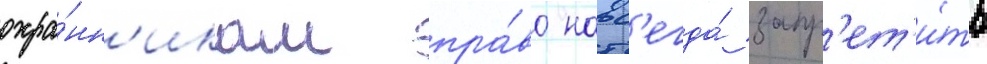
охра́нн'икам пра́во навс'егда́ запр'ет'и́ть